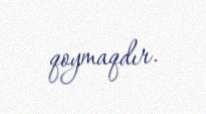
qoymaqdır.